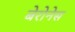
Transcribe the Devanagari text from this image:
बेरोनेस